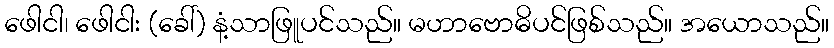
ဖေါငါ၊ ဖေါငါး (ခေါ်) နံ့သာဖြူပင်သည်။ မဟာဗောဓိပင်ဖြစ်သည်။ အယောသည်။